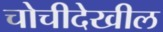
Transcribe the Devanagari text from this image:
चोचीदेखील